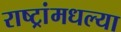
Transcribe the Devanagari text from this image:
राष्ट्रांमधल्या